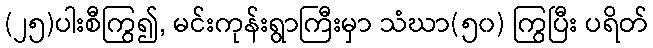
(၂၅)ပါးစီကြွ၍, မင်းကုန်းရွာကြီးမှာ သံဃာ(၅၀) ကြွပြီး ပရိတ်